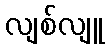
လျစ်လျူ